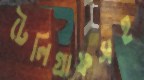
টেলিগ্রাফসহ